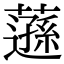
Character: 䕖